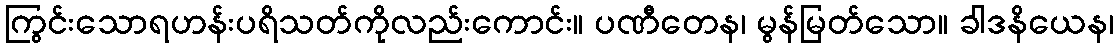
ကြွင်းသောရဟန်းပရိသတ်ကိုလည်းကောင်း။ ပဏီတေန၊ မွန်မြတ်သော။ ခါဒနိယေန၊